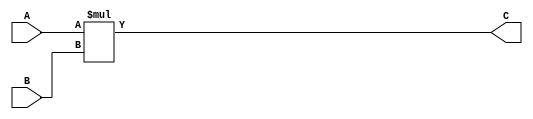
`timescale 1ns / 1ps

module xMult
#(  parameter bus_width = 16)
(
        input  [bus_width-1:0] A,
        input  [bus_width-1:0] B,
        output reg [bus_width*2-1:0]     C
		);

 always @ *
    C = A * B;
endmodule